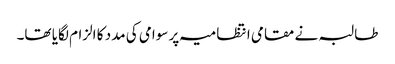
طالبہ نے مقامی انتظامیہ پر سوامی کی مدد کا الزام لگایا تھا۔